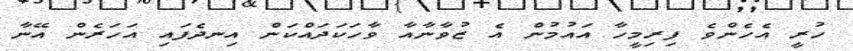
ހުރީ އެހެންވެ ފިރިމީހާ އައުމުން އެ ޒުވާނާއާ ވާހަކަދައްކަން އިނދެފައި އަހަރެން އޭނާ